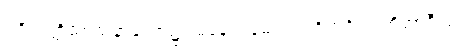
ပရိယတ္တိသာသနာတော်၌။ မနောရမေ။ ပ။ ဝိဟင်္ဂမာ တိအာဒီသု၊